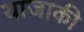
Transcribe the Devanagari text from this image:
याजाकी